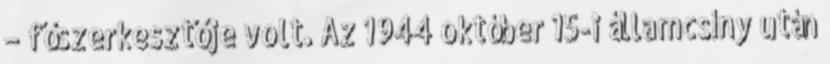
– főszerkesztője volt. Az 1944 október 15-i államcsíny után